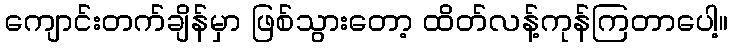
ကျောင်းတက်ချိန်မှာ ဖြစ်သွားတော့ ထိတ်လန့်ကုန်ကြတာပေါ့။